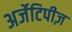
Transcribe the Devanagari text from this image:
अर्जेटिपीज़